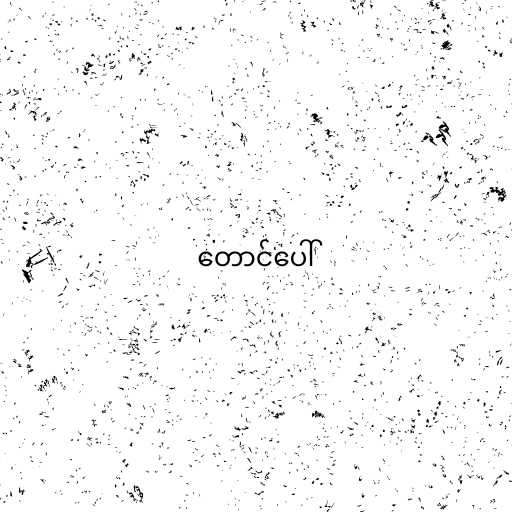
တောင်ပေါ်